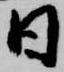
日